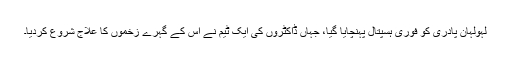
لہولہان پادری کو فوری ہسپتال پہنچایا گیا، جہاں ڈاکٹروں کی ایک ٹیم نے اس کے گہرے زخموں کا علاج شروع کردیا۔